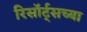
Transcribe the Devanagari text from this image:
रिसॉर्ट्सच्या